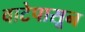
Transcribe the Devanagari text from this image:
वाटेपासून